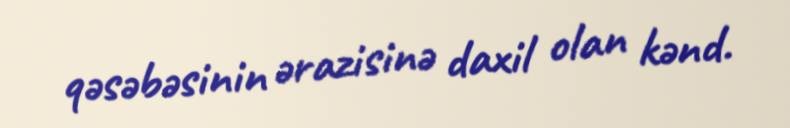
qəsəbəsinin ərazisinə daxil olan kənd.